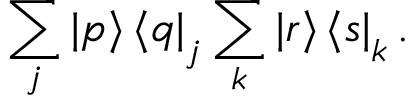
\sum _ { j } \mathinner { | { p } \rangle } \mathinner { \langle { q } | } _ { j } \sum _ { k } \mathinner { | { r } \rangle } \mathinner { \langle { s } | } _ { k } .